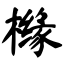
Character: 橼